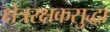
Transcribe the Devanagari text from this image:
क्षेत्ररक्षकसुद्धा